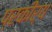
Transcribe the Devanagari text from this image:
प्रकीर्य